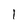
Character: 1